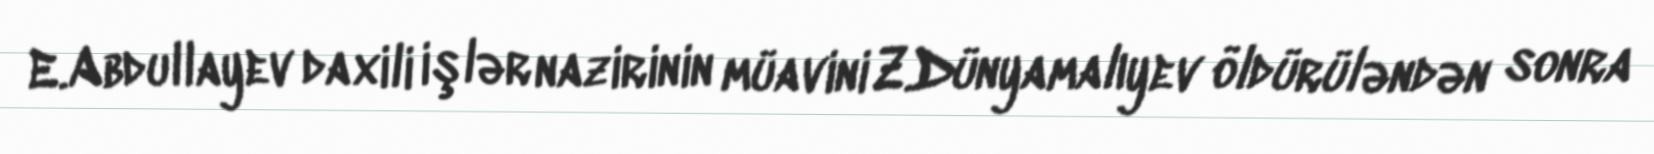
E.Abdullayev daxili işlər nazirinin müavini Z.Dünyamalıyev öldürüləndən sonra